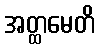
အတ္ထမေတိ